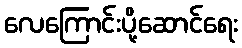
လေကြောင်းပို့ဆောင်ရေး